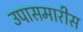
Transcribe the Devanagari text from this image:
उपासमारीस